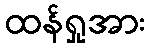
ထန်ရှုအား